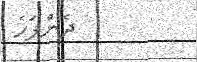
ދެންފަހެ